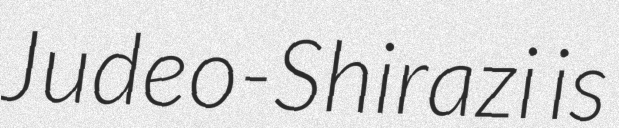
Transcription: Judeo-Shirazi is